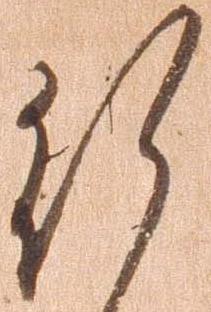
行